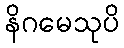
နိဂမေသုပိ